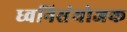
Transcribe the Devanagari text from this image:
ध्वनिसंयोजक